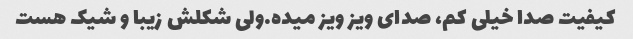
کیفیت صدا خیلی کم، صدای ویز ویز میده.ولی شکلش زیبا و شیک هست